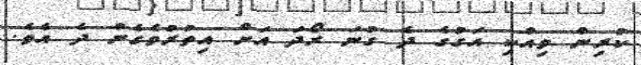
ކުރިން ވިއްކި އަގުގެ ދެ ގުނަ ރޯދަ އަށް އިތުރުވެގެން ދެ އެވެ.